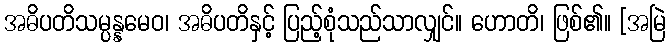
အဓိပတိသမ္ပန္နမေဝ၊ အဓိပတိနှင့် ပြည့်စုံသည်သာလျှင်။ ဟောတိ၊ ဖြစ်၏။ [အမြဲ